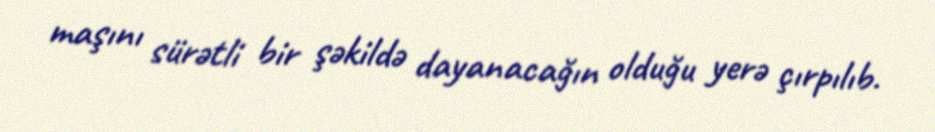
maşını sürətli bir şəkildə dayanacağın olduğu yerə çırpılıb.